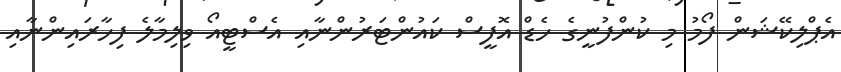
އެޕްލިކޭޝަން ފޯމު މި ކުންފުނީގެ ހެޑް އޮފީސް ކައުންޓަރުންނާއި އެސްޓީއޯ ވިލިމާލެ ފިހާރައިންނާއި